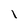
Character: 1